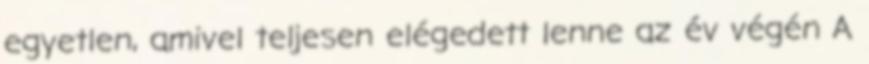
egyetlen, amivel teljesen elégedett lenne az év végén A